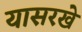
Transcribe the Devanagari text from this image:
यासरखे